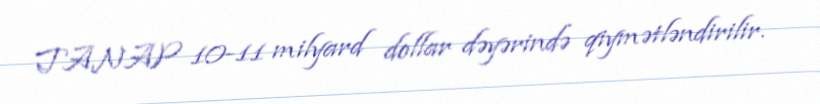
TANAP 10-11 milyard dollar dəyərində qiymətləndirilir.